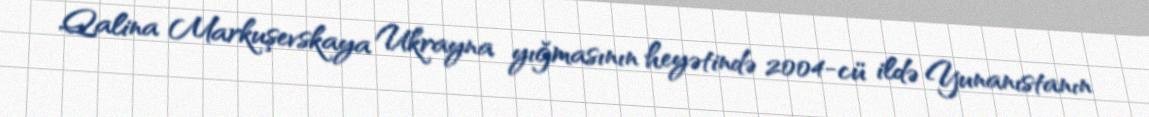
Qalina Markuşevskaya Ukrayna yığmasının heyətində 2004-cü ildə Yunanıstanın